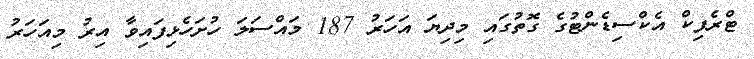
ޓްރެފިކް އެކްސިޑެންޓުގެ ގޮތުގައި މިދިޔަ އަހަރު 187 މައްސަލަ ހުށަހެޅިފައިވާ އިރު މިއަހަރު